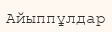
Айыппұлдар